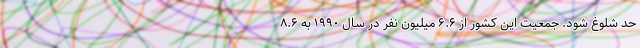
حد شلوغ شود. جمعیت این کشور از ۶.۶ میلیون نفر در سال ۱۹۹۰ به ۸.۶